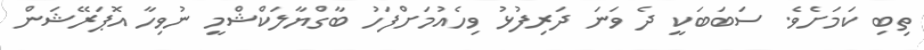
ތިބި ކަމަށެވެ. ސަބަބަކީ ދެ ވަނަ ދަރިފުޅު ވިހެއުމަށްފަހު ބާގްޔާލަކްޝްމީ ނުވިހާ އޮޕަރޭޝަން